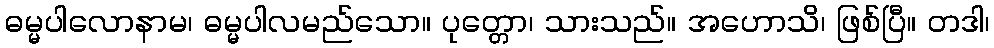
ဓမ္မပါလောနာမ၊ ဓမ္မပါလမည်သော။ ပုတ္တော၊ သားသည်။ အဟောသိ၊ ဖြစ်ပြီ။ တဒါ၊